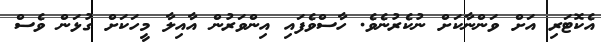
އެކޮޓަރި އަށް ވަންނާކަށް ނުކެރުނެވެ. ހާސްވެފައި އިންވަރުން އާއިލާ މީހަކަށް ގުޅަން ވެސް